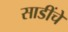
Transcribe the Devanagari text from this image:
साडींचे